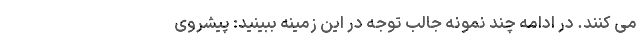
می کنند. در ادامه چند نمونه جالب توجه در این زمینه ببینید: پیشروی